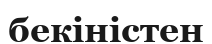
бекіністен